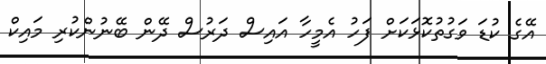
އޭގެ ކުޑަ ވަގުތުކޮޅަކަށް ފަހު އެމީހާ އައިސް ދަރުސް ދޭން ބޭނުންކުރި މައިކް